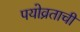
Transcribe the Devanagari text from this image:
पयोव्रताची